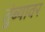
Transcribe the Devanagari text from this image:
तुंब्यावर